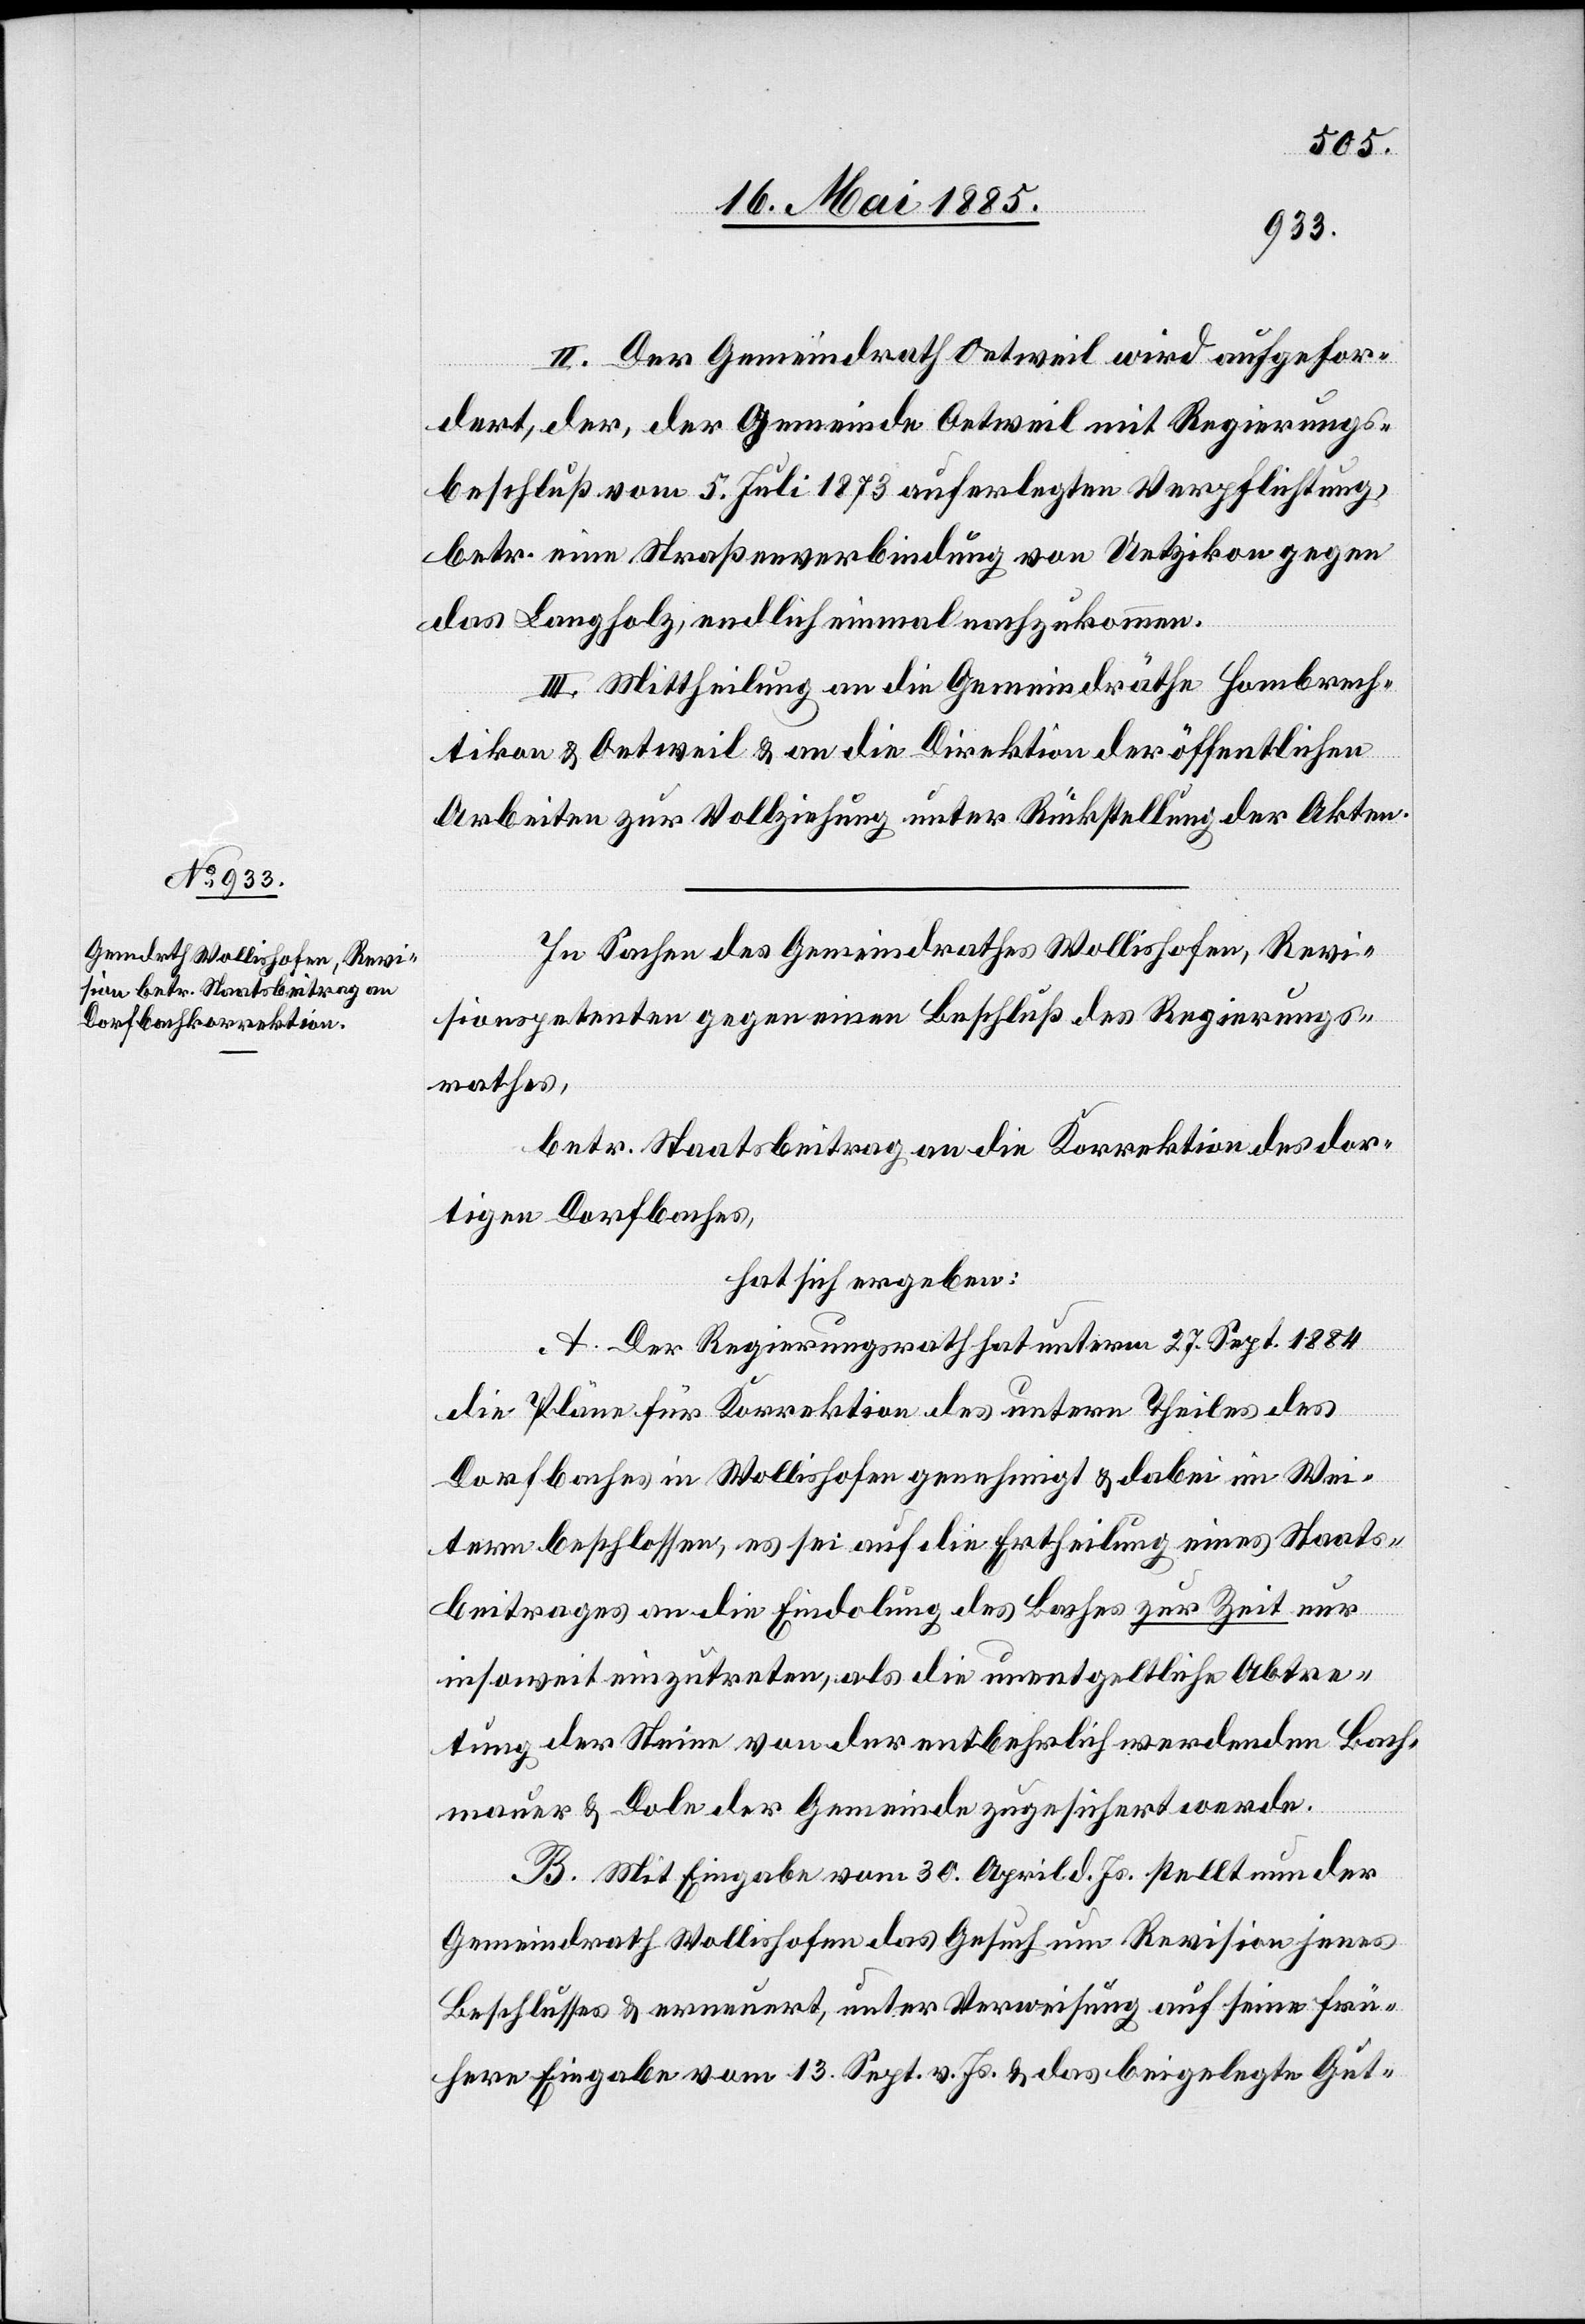
II. Der Gemeindrath Oetweil wird aufgefor¬
dert, der, der Gemeinde Oetweil mit Regierungs¬
beschluß vom 5. Juli 1873 auferlegten Verpflichtung[en]
betr. eine Straßenverbindung von Uetzikon gegen
das Langholz, endlich einmal nachzukommen.
III. Mittheilung an die Gemeindräthe Hombrech¬
tikon & Oetweil & an die Direktion der öffentlichen
Arbeiten zur Vollziehung unter Rückstellung der Akten.
In Sachen des Gemeindrathes Wollishofen, Revi¬
sionspetenten gegen einen Beschluß des Regierungs¬
rathes,
betr. Staatsbeitrag an die Korrektion des dor¬
tigen Dorfbaches,
hat sich ergeben:
A. Der Regierungsrath hat unterm 27. Sept. 1884
die Pläne für Korrektion des untern Theiles des
Dorfbaches in Wollishofen genehmigt & dabei im Wei¬
tern beschlossen, es sei auf die Ertheilung eines Staats¬
beitrages an die Eindolung des Baches zur Zeit nur
insoweit einzutreten, als die unentgeltlich Abtre¬
tung der Steine von der entbehrlich werdenden Bach¬
mauer & Dole der Gemeinde zugesichert werde.
B. Mit Eingabe vom 30. April d. Js. stellt nun der
Gemeindrath Wollishofen das Gesuch um Revision jenes
Beschlusses & erneuert, unter Verweisung auf seine frü¬
here Eingabe vom 13. Septbr. v. Js. & das beigelegte Gut-